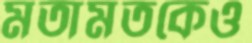
মতামতকেও